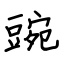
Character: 豌